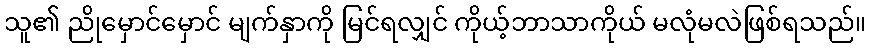
သူ၏ ညိုမှောင်မှောင် မျက်နှာကို မြင်ရလျှင် ကိုယ့်ဘာသာကိုယ် မလုံမလဲဖြစ်ရသည်။